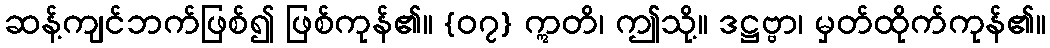
ဆန့်ကျင်ဘက်ဖြစ်၍ ဖြစ်ကုန်၏။ {၀၇} ဣတိ၊ ဤသို့။ ဒဋ္ဌဗ္ဗာ၊ မှတ်ထိုက်ကုန်၏။